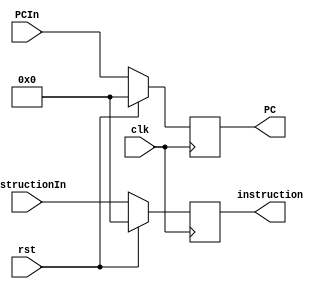
module IF2ID (clk, rst, PCIn, instructionIn, PC, instruction);
  input clk, rst;
  input [31:0] PCIn, instructionIn;
  output reg [31:0] PC, instruction;

  always @ (posedge clk) begin
    if (rst) begin
      PC <= 0;
      instruction <= 0;
    end
    else begin
          instruction <= instructionIn;
          PC <= PCIn;
    end
  end
endmodule // IF2ID